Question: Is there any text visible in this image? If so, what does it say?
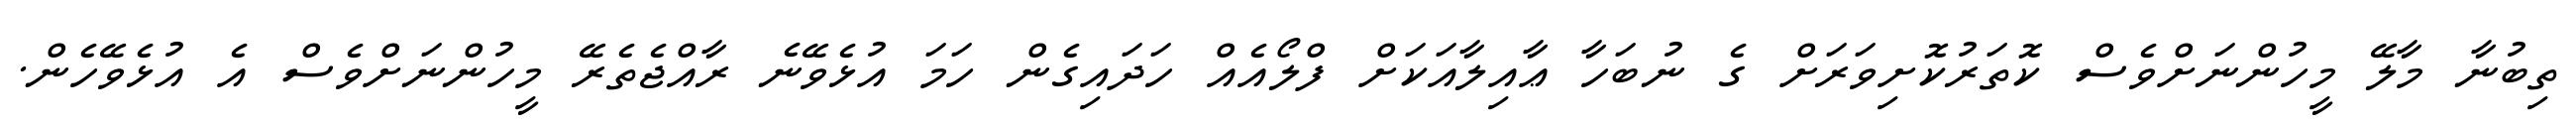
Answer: ތިބުނާ މާލޭ މީހުންނަށްވެސް ކޮތަރުކޮށިވަރަށް ގެ ނުބަހާ ޢާއިލާއަކަށް ފްލޯއެއް ހަދައިގެން ހަމަ އުޅެވޭނެ ރާއްޖެތެރޭ މީހުންނަށްވެސް އެ އުޅެވޭހެން.